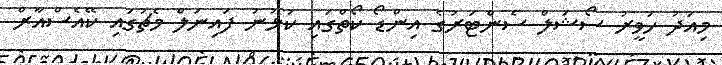
މިއަދު ހަވީރު ސޯޝަލް ސެންޓަރުގެ އިންޑޯ ކޯތްގައި ކުޅުނު ފައިނަލް މެޗުގައި ކޭއެސްއާރް